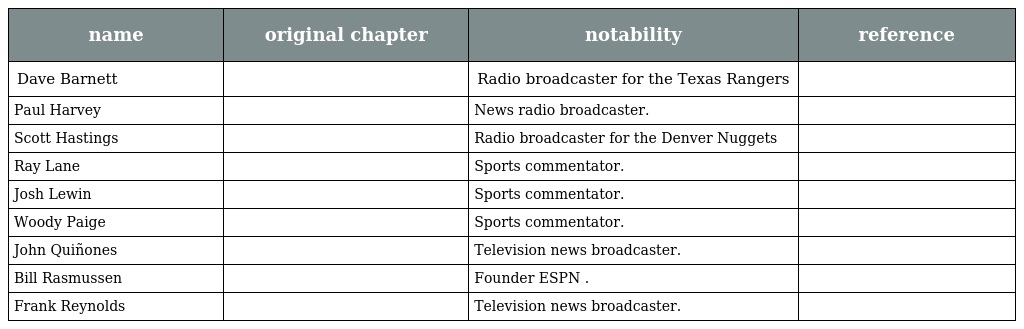
| name | original chapter | notability | reference |
 | --- | --- | --- | --- |
 | Dave Barnett |  | Radio broadcaster for the Texas Rangers |  |
 | Paul Harvey |  | News radio broadcaster. |  |
 | Scott Hastings |  | Radio broadcaster for the Denver Nuggets |  |
 | Ray Lane |  | Sports commentator. |  |
 | Josh Lewin |  | Sports commentator. |  |
 | Woody Paige |  | Sports commentator. |  |
 | John Quiñones |  | Television news broadcaster. |  |
 | Bill Rasmussen |  | Founder ESPN . |  |
 | Frank Reynolds |  | Television news broadcaster. |  |